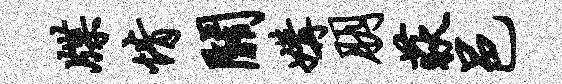
牒情关媾朋荻邑